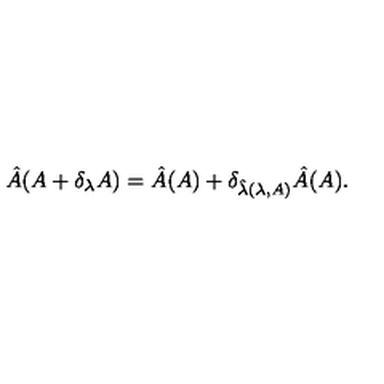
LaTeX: \hat { A } ( A + \delta _ { \lambda } A ) = \hat { A } ( A ) + \delta _ { \hat { \lambda } ( \lambda , A ) } \hat { A } ( A ) .